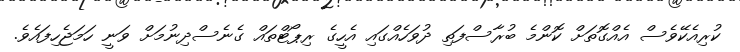
ކުރިއެކޭވެސް އެއްގޮތަށް ކޮންމެ ބުރާސްފަތި ދުވަހެއްގައި އެހީގެ ރިޕޯޓްތައް ގެނެސްދިނުމަށް ވަނީ ހަމަޖެހިފައެވެ.